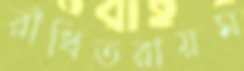
রাঁধিতরায়ম